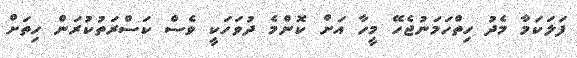
ފަލަކަމާ މެދު ހިތްހަމަނުޖެހޭ މީހާ އަށް ކޮންމެ ދުވަހަކީ ވެސް ކަސްރަތުކުރަން ހިތަށް